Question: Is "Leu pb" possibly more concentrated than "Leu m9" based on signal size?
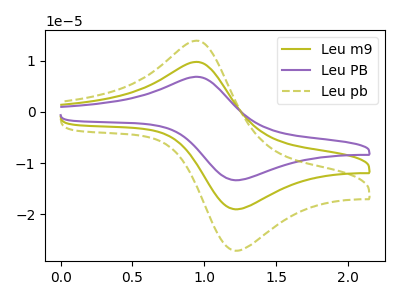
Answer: <think>The olive curve "Leu m9" has an anodic peak at (0.95V, 9.75uA) and a cathodic peak at (1.20V, -19.05uA). The purple curve "Leu PB" has an anodic peak at (0.95V, 19.50uA) and a cathodic peak at (1.20V, -38.10uA). The olive dashed curve "Leu pb" has an anodic peak at (0.95V, 13.90uA) and a cathodic peak at (1.20V, -27.15uA).
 All the peaks in "Leu pb" have a peak in "Leu m9" at the same potential. Every peak in "Leu pb" is higher than every peak in "Leu m9".</think>
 <answer>"Leu pb" has more signal than "Leu m9".</answer>
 <eval>more_signal</eval>